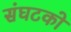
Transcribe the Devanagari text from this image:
संघटको